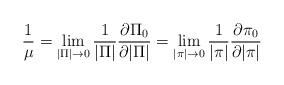
LaTeX: \begin{align*}\frac{1}{\mu}=\lim_{|\Pi|\rightarrow0}\frac{1}{|\Pi|}\frac{\partial \Pi_0}{\partial|\Pi|}=\lim_{|\pi|\rightarrow 0}\frac{1}{|\pi|}\frac{\partial\pi_0}{\partial |\pi|}\end{align*}